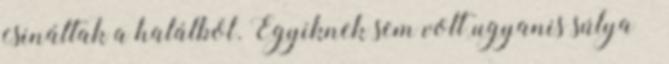
csináltak a halálból. Egyiknek sem volt ugyanis súlya –